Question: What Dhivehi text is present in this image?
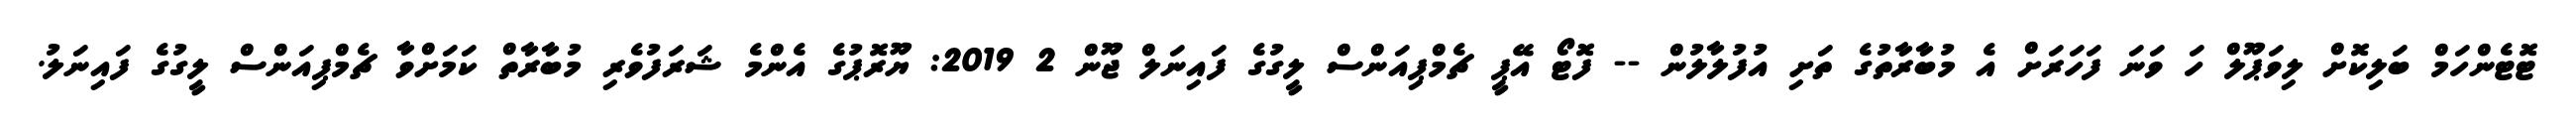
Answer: ޓޮޓެންހަމް ބަލިކޮށް ލިވަޕޫލް ހަ ވަނަ ފަހަރަށް އެ މުބާރާތުގެ ތަށި އުފުލާލުން -- ފޮޓޯ އޭޕީ ޗެމްޕިއަންސް ލީގުގެ ފައިނަލް ޖޫން 2 2019: ޔޫރޮޕުގެ އެންމެ ޝަރަފުވެރި މުބާރާތް ކަމަށްވާ ޗެމްޕިއަންސް ލީގުގެ ފައިނަލު.